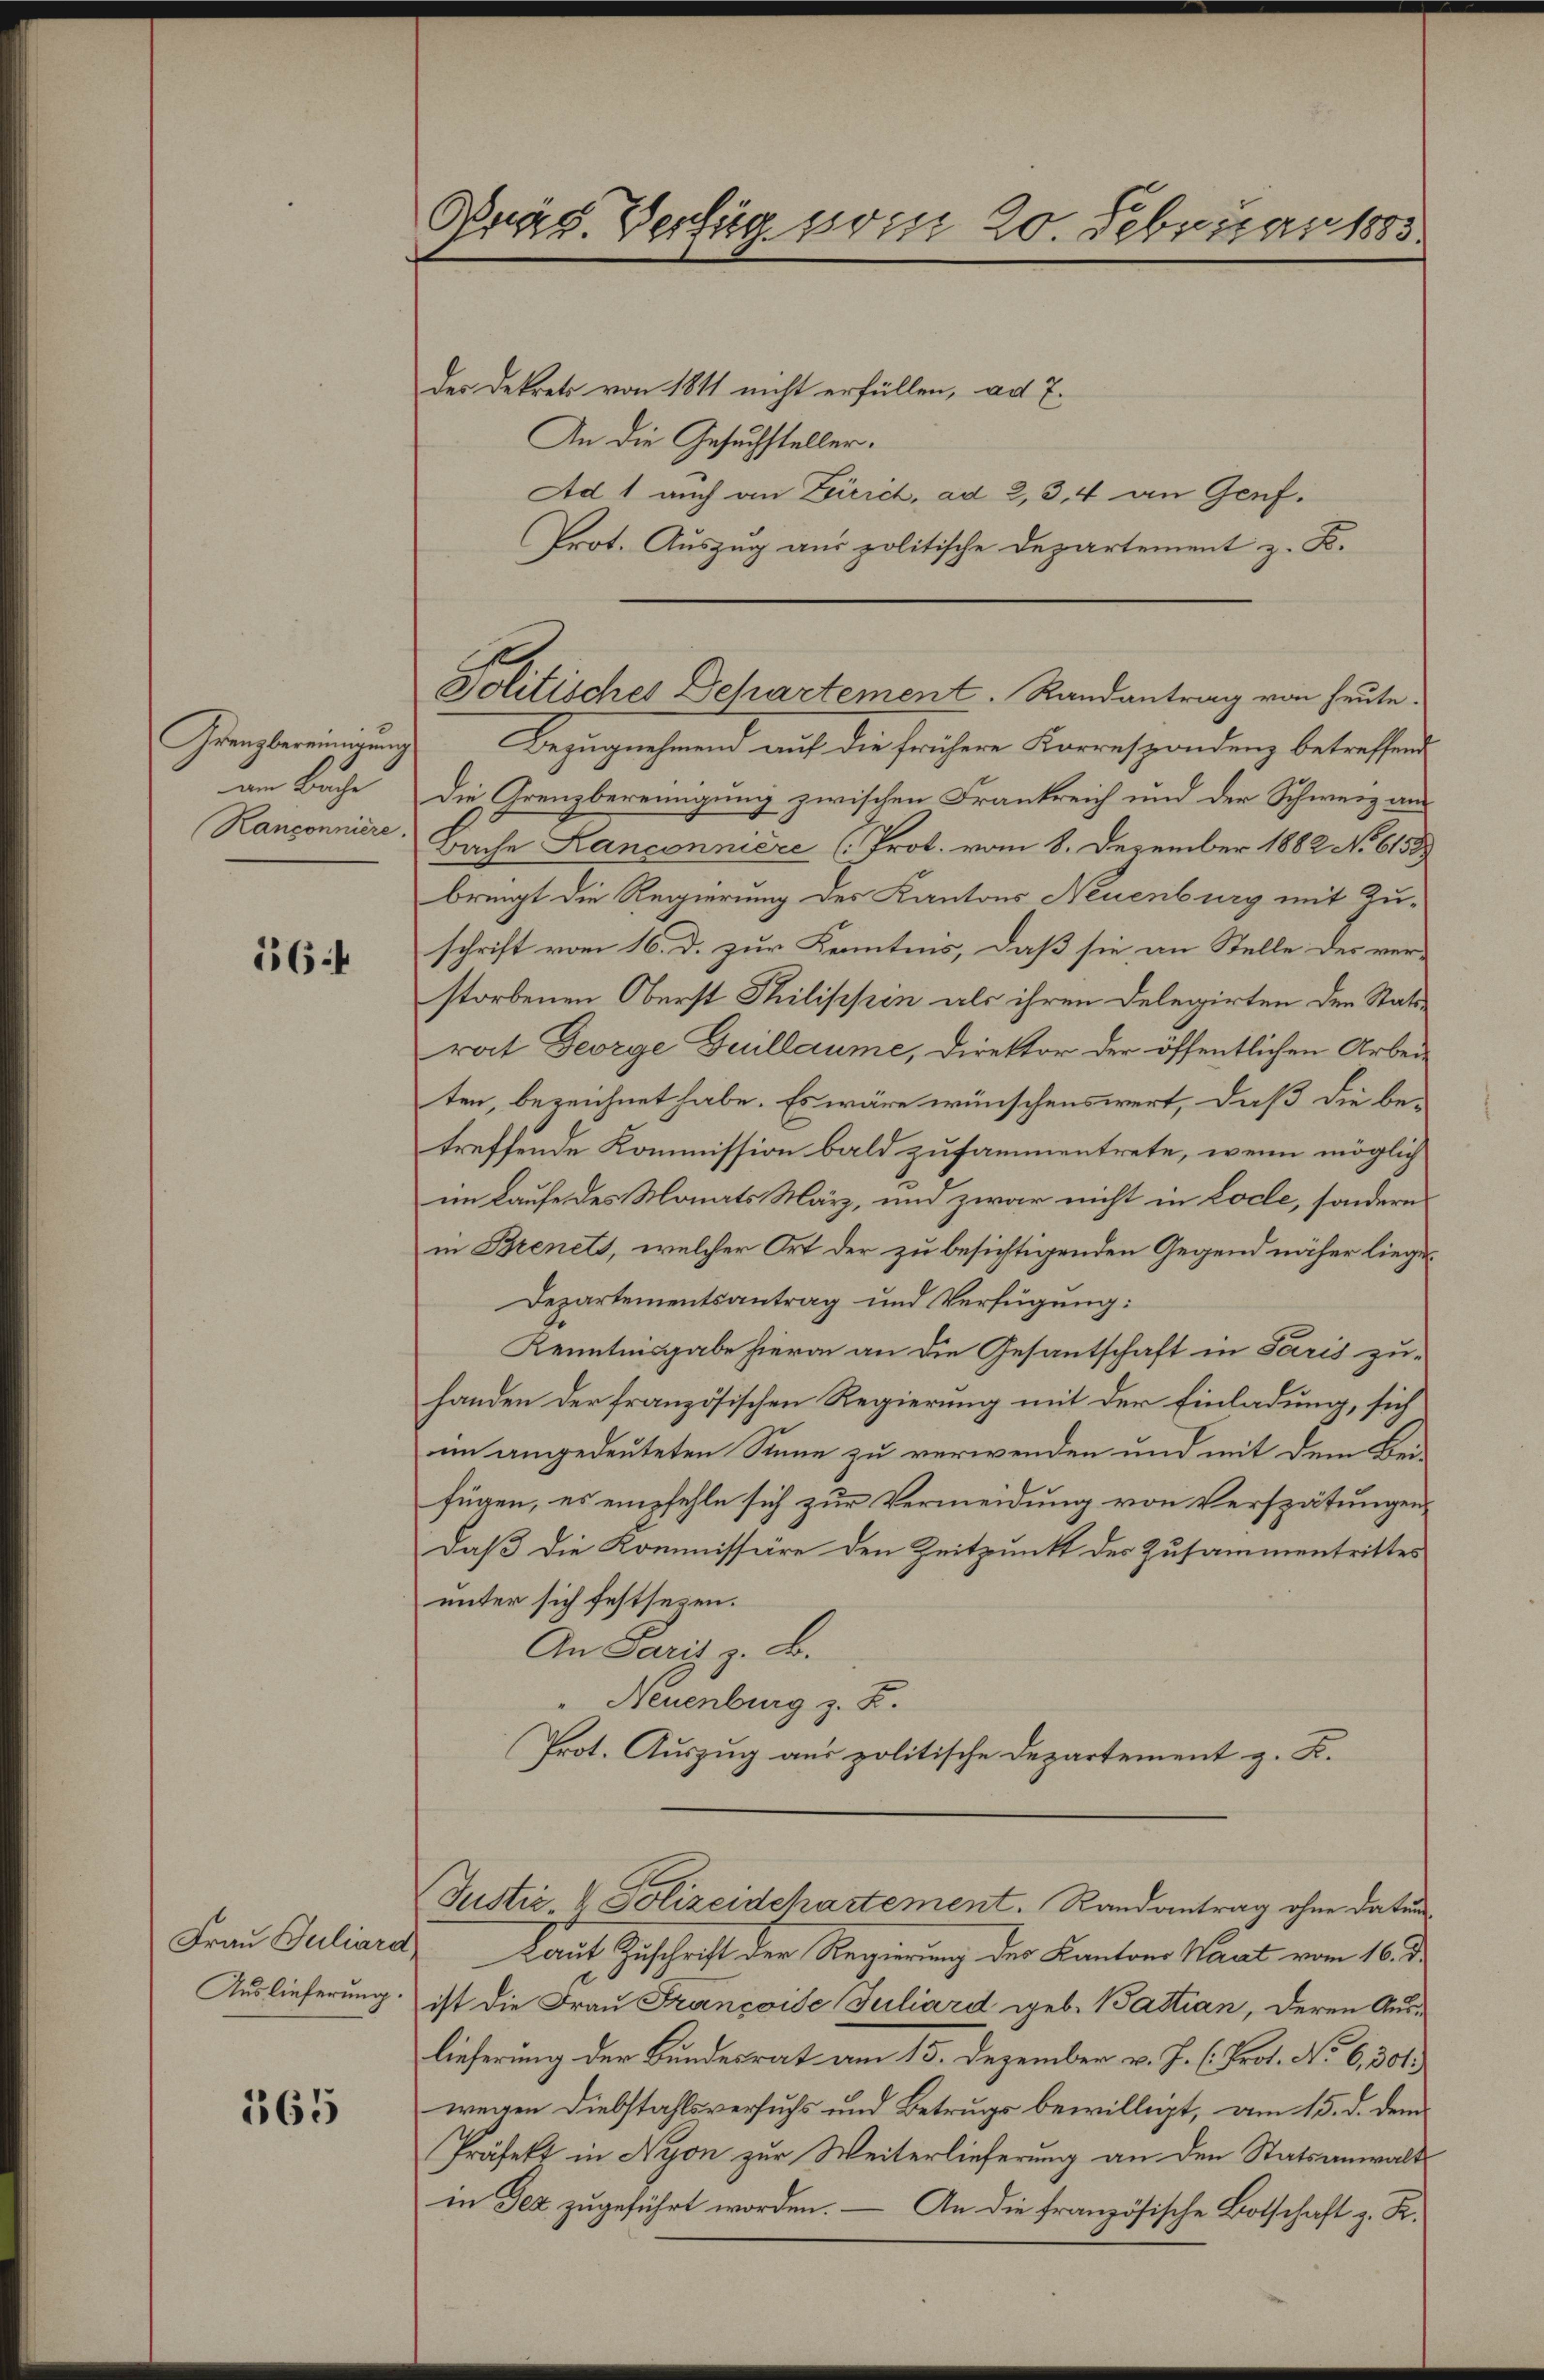
Grenzbereinigung
am Buche
Kanconniere.

164

Frau Juliard
Auslieferung.

165

Präs. Verfüg vom 20. Februar 1883.

der Dekrets von 1811 nicht erfüllen, ad 7.
An die Gesuchsteller.
Ad 1 auch an Zird, ad 2, 34 an Genf.
Prot. Auszug aus politische Departement z. B.
Bezugnehmend auf die frühere Korrespondenz betreffend
Die Grenzbereinigung zwischen Frankreich und der Schwerz aus
Bache Lanconniere (Prot. vom 8. Dezember 1882 No 6158
bringt die Regierung des Kantons Neuenburg mit Zuschrift vom 16. d. zur Kenntnis, daß sie an Stelle des ver-
storbenen Oberst Thilippen als ihren Delegirten den Stattrat George Guillaume, Direktor der öffentlichen Arbeiten, bezeichnet habe. Es wäre wünschenswert, daß die be-
treffende Kommission bald zusammentrete, wenn möglich
im Laufe des Monats März, und zwar nicht in Loche, sondern
in Brenets, welcher Ort der zu besichtigenden Gegend näher liege¬
Departementsantrag und Verfügung:
Kenntnisgabe hievon an die Gesantschaft in Paris zuhanden der französischen Regierung mit der Einladung, sich
im angedeuteten Sinne zu verwenden und mit dem Bei-
fügen, es empfehle sich zur Vermeidung von Verspätungen,
Daß die Kommissäre den Zeitpunkt der Zusammentrittes
unter sich festsezen.
An Paris z. B.
Neuenburg z. R.
Prot. Auszug aus politische Departement z. K.
Justiz- & Polizeidehartement. Randantrag ohne Datum
Laut Zuschrift der Regierung der Kantons Wart vom 16. d.
ist die Frau Francoise Juliard geb. Battian, deren Auslieferung der Bundesrat am 15. Dezember v. J. C. Prot. No. 6, 301.
wegen Diebstahlsversuchs und Betrugs bewilligt, am 15. d. dem
Präfekt in Nyon zur Weiterlieferung an den Statsanwalt
in Jez zugeführt worden. — An die französische Botschaft z. R.

Politisches Departement. Randantrag von heute.